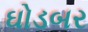
ઘોડબર